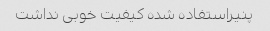
پنیراستفاده شده کیفیت خوبی نداشت